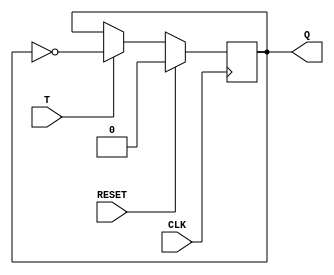
module tffp(RESET, CLK, T, Q);
	input RESET;
	input CLK;
	input T;
	
	output Q;
	
	reg Q;
	
	always @(posedge CLK) begin
		Q <= RESET ? 1'b0 : T ? ~Q : Q;
	end
	
endmodule